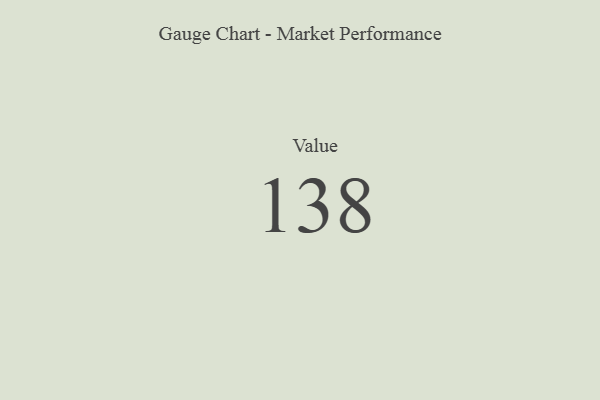
{"axis": {"x": "Metric", "y": "Value"}, "legend": [""], "data": [{"x": "Value", "y": 138, "type": ""}]}